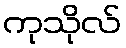
ကုသိုလ်